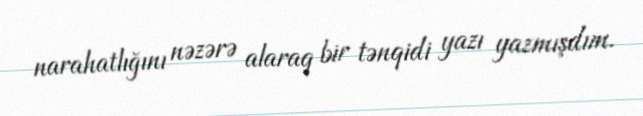
narahatlığını nəzərə alaraq bir tənqidi yazı yazmışdım.